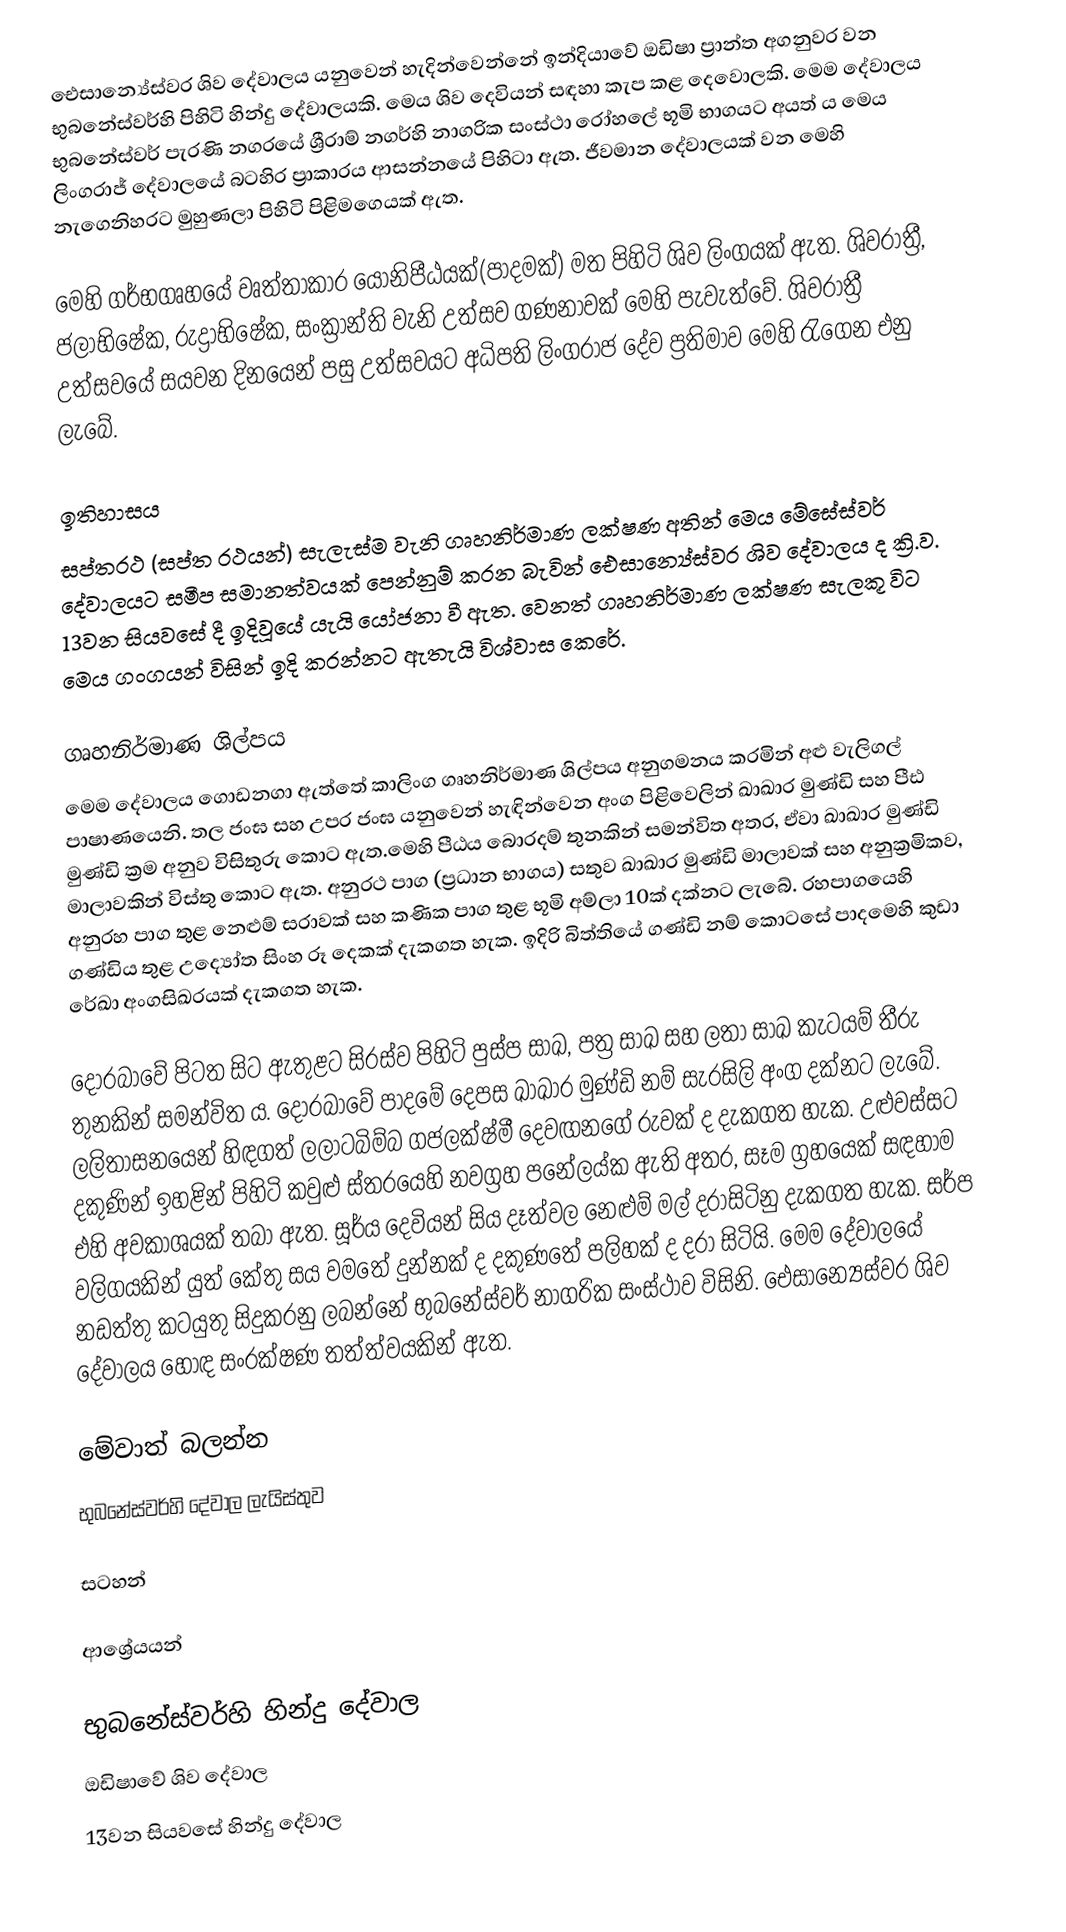
ඓසාන්‍යේස්වර ශිව දේවාලය යනුවෙන් හැදින්වෙන්නේ ඉන්දියාවේ ඔඩිෂා ප්‍රාන්ත අගනුවර වන භුබනේස්වර්හි පිහිටි හින්දු දේවාලයකි. මෙය ශිව දෙවියන් සඳහා කැප කළ දෙවොලකි. මෙම දේවාලය භුබනේස්වර් පැරණි නගරයේ ශ්‍රීරාම් නගර්හි නාගරික සංස්ථා රෝහලේ භූමි භාගයට අයත් ය මෙය ලිංගරාජ් දේවාලයේ බටහිර ප්‍රාකාරය ආසන්නයේ පිහිටා ඇත. ‍ජීවමාන දේවාලයක් වන මෙහි නැගෙනිහරට මුහුණලා පිහිටි පිළිමගෙයක් ඇත.

මෙහි ගර්භගෘහයේ වෘත්තාකාර යෝනිපීඨයක්(පාදමක්) මත පිහිටි ශිව ලිංගයක් ඇත. ශිවරාත්‍රී, ජලාභිෂේක, රුද්‍රාභිෂේක, සංක්‍රාන්ති වැනි උත්සව ගණනාවක් මෙහි පැවැත්වේ. ශිවරාත්‍රී උත්සවයේ සයවන දිනයෙන් පසු උත්සවයට අධිපති ලිංගරාජ දේව ප්‍රතිමාව මෙහි රැගෙන එනු ලැබේ.

ඉතිහාසය
සප්තරථ (සප්ත රථයන්) සැලැස්ම වැනි ගෘහනිර්මාණ ලක්ෂණ අතින් මෙය මේඝේස්වර් දේවාලයට සමීප සමානත්වයක් පෙන්නුම් කරන බැවින් ඓසාන්‍යේස්වර ශිව දේවාලය ද ක්‍රි.ව. 13වන සියවසේ දී ඉදිවූයේ යැයි යෝජනා වී ඇත. වෙනත් ගෘහනිර්මාණ ලක්ෂණ සැලකූ විට මෙය ගංගයන් විසින් ඉදි කරන්නට ඇතැයි විශ්වාස කෙරේ.

ගෘහනිර්මාණ ශිල්පය
මෙම දේවාලය ගොඩනගා ඇත්තේ කාලිංග ගෘහනිර්මාණ ශිල්පය අනුගමනය කරමින් අළු වැලිගල් පාෂාණයෙනි. තල ජංඝ සහ උපර ජංඝ යනුවෙන් හැඳින්වෙන අංග පිළිවෙලින් ඛාඛාර මුණ්ඩි සහ පීඪ මුණ්ඩි ක්‍රම අනුව විසිතුරු කොට ඇත.මෙහි පීඨය බොරදම් තුනකින් සමන්විත අතර, ඒවා ඛාඛාර මුණ්ඩි මාලාවකින් විස්තු කොට ඇත. අනුරථ පාග (ප්‍රධාන භාගය) සතුව ඛාඛාර මුණ්ඩි මාලාවක් සහ අනුක්‍රමිකව, අනුරහ පාග තුළ නෙළුම් සරාවක් සහ කණික පාග තුළ භූමි අම්ලා 10ක් දක්නට ලැබේ. රහපාගයෙහි ගණ්ඩිය තුළ උද්‍යෝත සිංහ රූ දෙකක් දැකගත හැක. ඉදිරි බිත්තියේ ගණ්ඩි නම් කොටසේ පාදමෙහි කුඩා රේඛා අංගසිඛරයක් දැකගත හැක.

දොරබාවේ පිටත සිට ඇතුළට සිරස්ව පිහිටි පුස්ප සාඛ, පත්‍ර සාඛ සහ ලතා සාඛ කැටයම් තීරු තුනකින් සමන්විත ය. දොරබාවේ පාදමේ දෙපස ඛාඛාර මුණ්ඩි නම් සැරසිලි අංග දක්නට ලැබේ. ලලිතාසනයෙන් හිඳගත් ලලාටබිම්බ ගජලක්ෂ්මී දෙවඟනගේ රුවක් ද දැකගත හැක. උළුවස්සට දකුණින් ඉහළින් පිහිටි කවුළු ස්තරයෙහි නවග්‍රහ පනේලය්ක ඇති අතර, සෑම ග්‍රහයෙක් සඳහාම එහි අවකාශයක් තබා ඇත. සූර්ය දෙවියන් සිය දෑත්වල නෙළුම් මල් දරාසිටිනු දැකගත හැක. සර්ප වලිගයකින් යුත් කේතු සය වමතේ දුන්නක් ද දකුණතේ පලිහක් ද දරා සිටියි. මෙම දේවාලයේ නඩත්තු කටයුතු සිදුකරනු ලබන්නේ භුබනේස්වර් නාගරික සංස්ථාව විසිනි. ඓසාන්‍යේස්වර ශිව දේවාලය හොඳ සංරක්ෂණ තත්ත්වයකින් ඇත.

මේවාත් බලන්න
 භුබනේස්වර්හි දේවාල ලැයිස්තුව

ස‍ටහන්

ආශ්‍රේයයන්

භුබ‍නේස්වර්හි හින්දු දේවාල
ඔඩිෂාවේ ශිව දේවාල
13වන සියවසේ හින්දු දේවාල